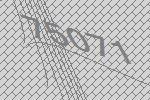
75071